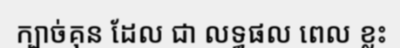
ក្បាច់គុន ដែល ជា លទ្ធផល ពេល ខ្លះ